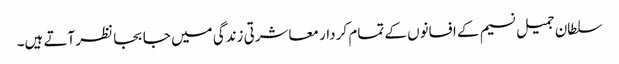
سلطان جمیل نسیم کے افسانوں کے تمام کر دار معاشرتی زندگی میں جا بجا نظر آتے ہیں۔